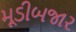
મૂડીબજાર